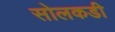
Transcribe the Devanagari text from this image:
सोलकडी